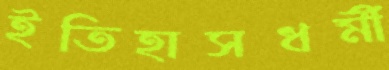
ইতিহাসধর্মী